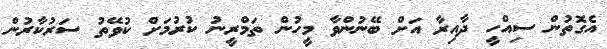
އެގޮތުން ސިއްހީ ދާއިރާ އަށް ބޭނުންވާ މީހުން ތަމްރީނު ކުރުމަށް ކުވޭތު ސަރުކާރުން